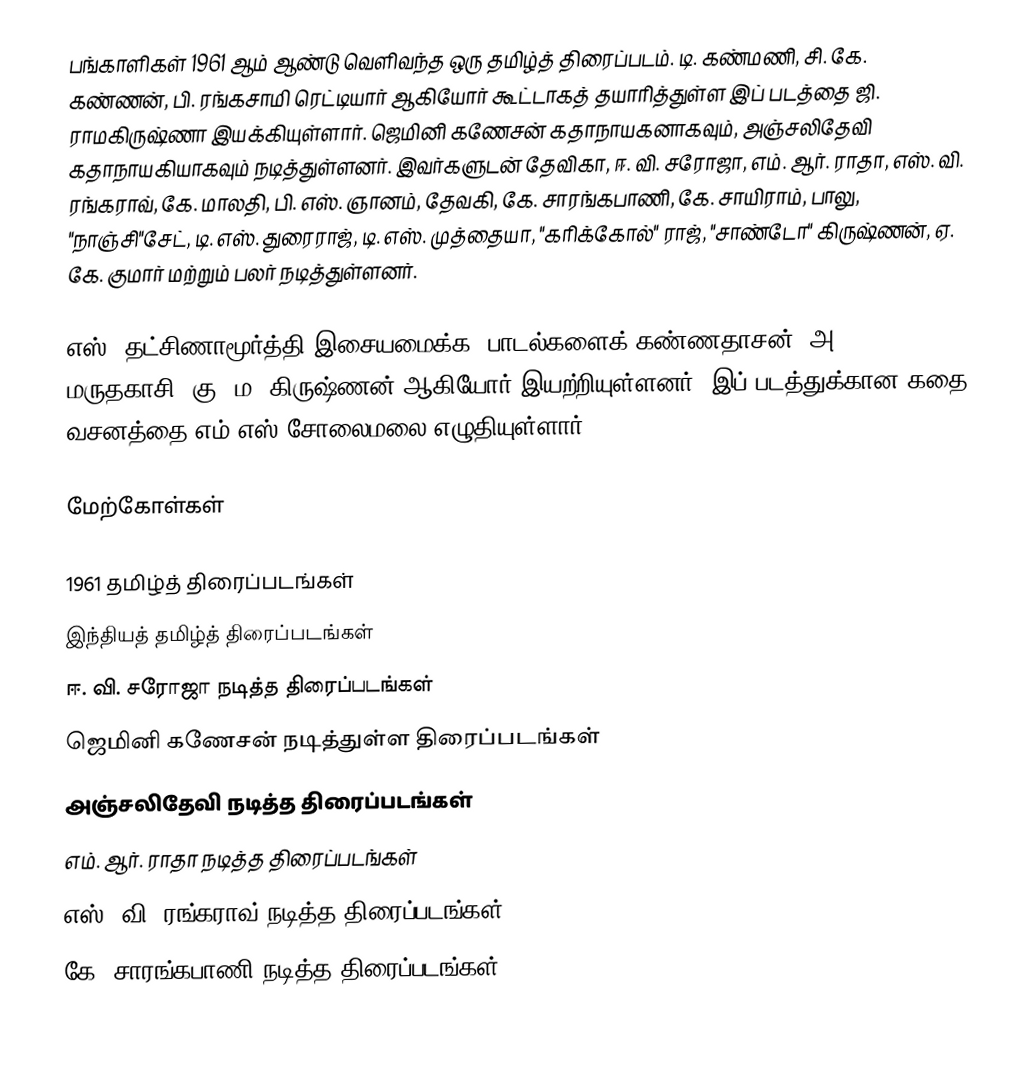
பங்காளிகள் 1961 ஆம் ஆண்டு வெளிவந்த ஒரு தமிழ்த் திரைப்படம். டி. கண்மணி, சி. கே. கண்ணன், பி. ரங்கசாமி ரெட்டியார் ஆகியோர் கூட்டாகத் தயாரித்துள்ள இப் படத்தை ஜி. ராமகிருஷ்ணா இயக்கியுள்ளார். ஜெமினி கணேசன் கதாநாயகனாகவும், அஞ்சலிதேவி கதாநாயகியாகவும் நடித்துள்ளனர். இவர்களுடன் தேவிகா, ஈ. வி. சரோஜா, எம். ஆர். ராதா, எஸ். வி. ரங்கராவ், கே. மாலதி, பி. எஸ். ஞானம், தேவகி, கே. சாரங்கபாணி, கே. சாயிராம், பாலு, "நாஞ்சி"சேட், டி. எஸ். துரைராஜ், டி. எஸ். முத்தையா, "கரிக்கோல்" ராஜ், "சாண்டோ" கிருஷ்ணன், ஏ. கே. குமார் மற்றும் பலர் நடித்துள்ளனர்.

எஸ். தட்சிணாமூர்த்தி இசையமைக்க, பாடல்களைக் கண்ணதாசன், அ. மருதகாசி, கு. ம. கிருஷ்ணன் ஆகியோர் இயற்றியுள்ளனர். இப் படத்துக்கான கதை வசனத்தை எம்.எஸ்.சோலைமலை எழுதியுள்ளார்.

மேற்கோள்கள்

1961 தமிழ்த் திரைப்படங்கள்
இந்தியத் தமிழ்த் திரைப்படங்கள்
ஈ. வி. சரோஜா நடித்த திரைப்படங்கள்
ஜெமினி கணேசன் நடித்துள்ள திரைப்படங்கள்
அஞ்சலிதேவி நடித்த திரைப்படங்கள்
எம். ஆர். ராதா நடித்த திரைப்படங்கள்
எஸ். வி. ரங்கராவ் நடித்த திரைப்படங்கள்
கே. சாரங்கபாணி நடித்த திரைப்படங்கள்